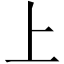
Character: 上